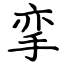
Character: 挛